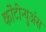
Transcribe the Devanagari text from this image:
कोंटीन्युअंस